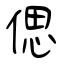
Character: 偲